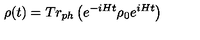
\rho ( t ) = T r _ { p h } \left( e ^ { - i H t } \rho _ { 0 } e ^ { i H t } \right)